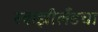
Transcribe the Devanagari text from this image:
स्वाझीलँडचा